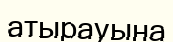
атырауына